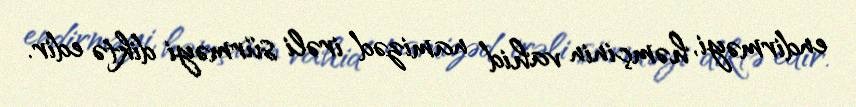
endirməyi, həmçinin vahid namizəd irəli sürməyi diktə edir.